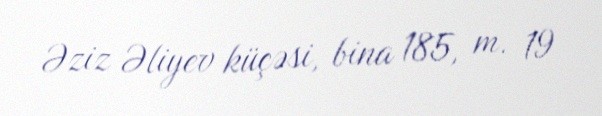
Əziz Əliyev küçəsi, bina 185, m. 19